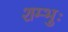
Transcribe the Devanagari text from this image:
शम्भुः